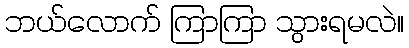
ဘယ်လောက် ကြာကြာ သွားရမလဲ။